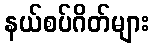
နယ်စပ်ဂိတ်များ